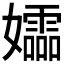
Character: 𫲚